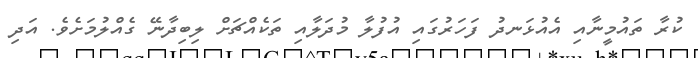
ކުރާ ތައުމީނާއި އެއުޅަނދު ފަހަރުގައި އުފުލާ މުދަލާއި ތަކެއްޗަށް ލިބިދާނޭ ގެއްލުމަށެވެ. އަދި